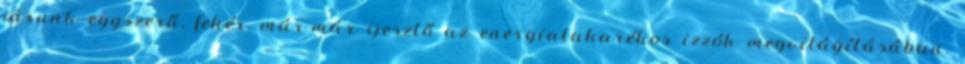
járunk egyszerű, fehér, már-már ijesztő az energiatakarékos izzók megvilágításában.